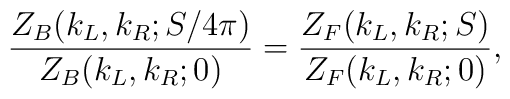
{Z_B(k_L,k_R;S/4\pi)\over Z_B(k_L,k_R;0)}={Z_F(k_L,k_R;S)\over Z_F(k_L,k_R;0)},